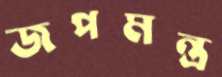
জপমন্ত্র